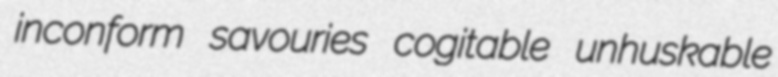
inconform savouries cogitable unhuskable